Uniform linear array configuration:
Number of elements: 8
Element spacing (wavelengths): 0.25
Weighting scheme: hamming
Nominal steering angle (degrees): -30
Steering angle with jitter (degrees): -30.221
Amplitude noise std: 0.05
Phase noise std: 0.05

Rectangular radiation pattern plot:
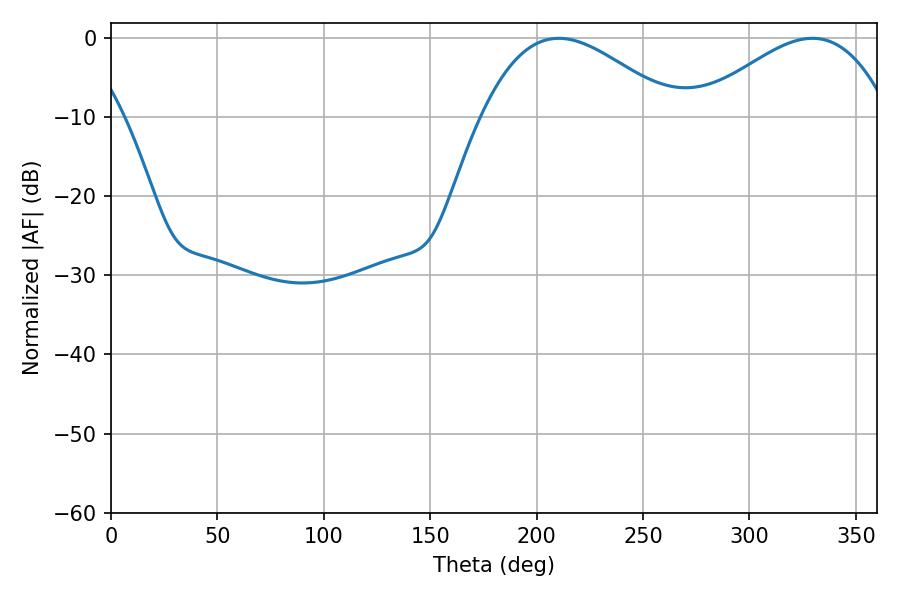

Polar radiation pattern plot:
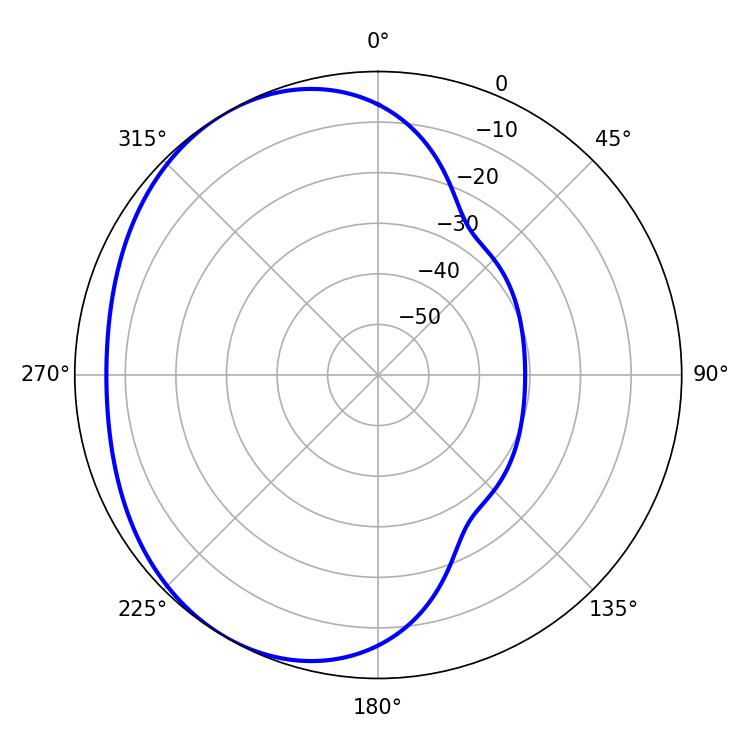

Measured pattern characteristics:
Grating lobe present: FALSE
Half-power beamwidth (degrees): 49.14
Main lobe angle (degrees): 210.42